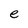
Character: e